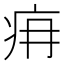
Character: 𤴿